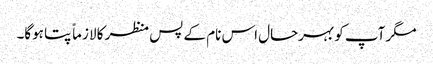
مگر آپ کو بہرحال اس نام کے پس منظر کا لازماً پتا ہوگا۔